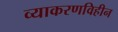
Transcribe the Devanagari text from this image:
व्याकरणविहीन